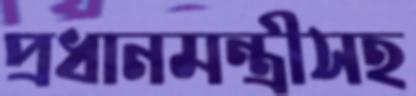
প্রধানমন্ত্রীসহ